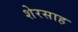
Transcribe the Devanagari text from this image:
शेरसाह